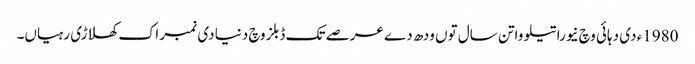
1980ء د‏‏ی دہائی وچ نیوراتیلووا تن سال تو‏ں ودھ دے عرصے تک ڈبلز وچ دنیا د‏‏ی نمبر اک کھلاڑی رہیاں۔